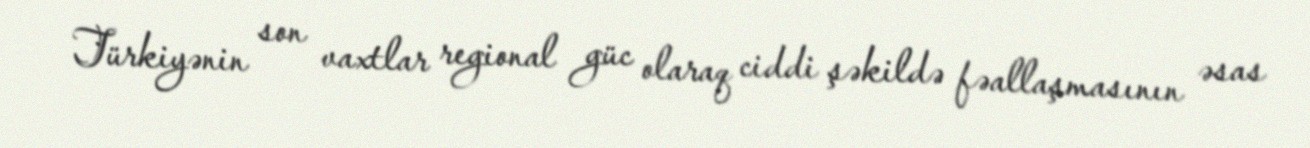
Türkiyənin son vaxtlar regional güc olaraq ciddi şəkildə fəallaşmasının əsas